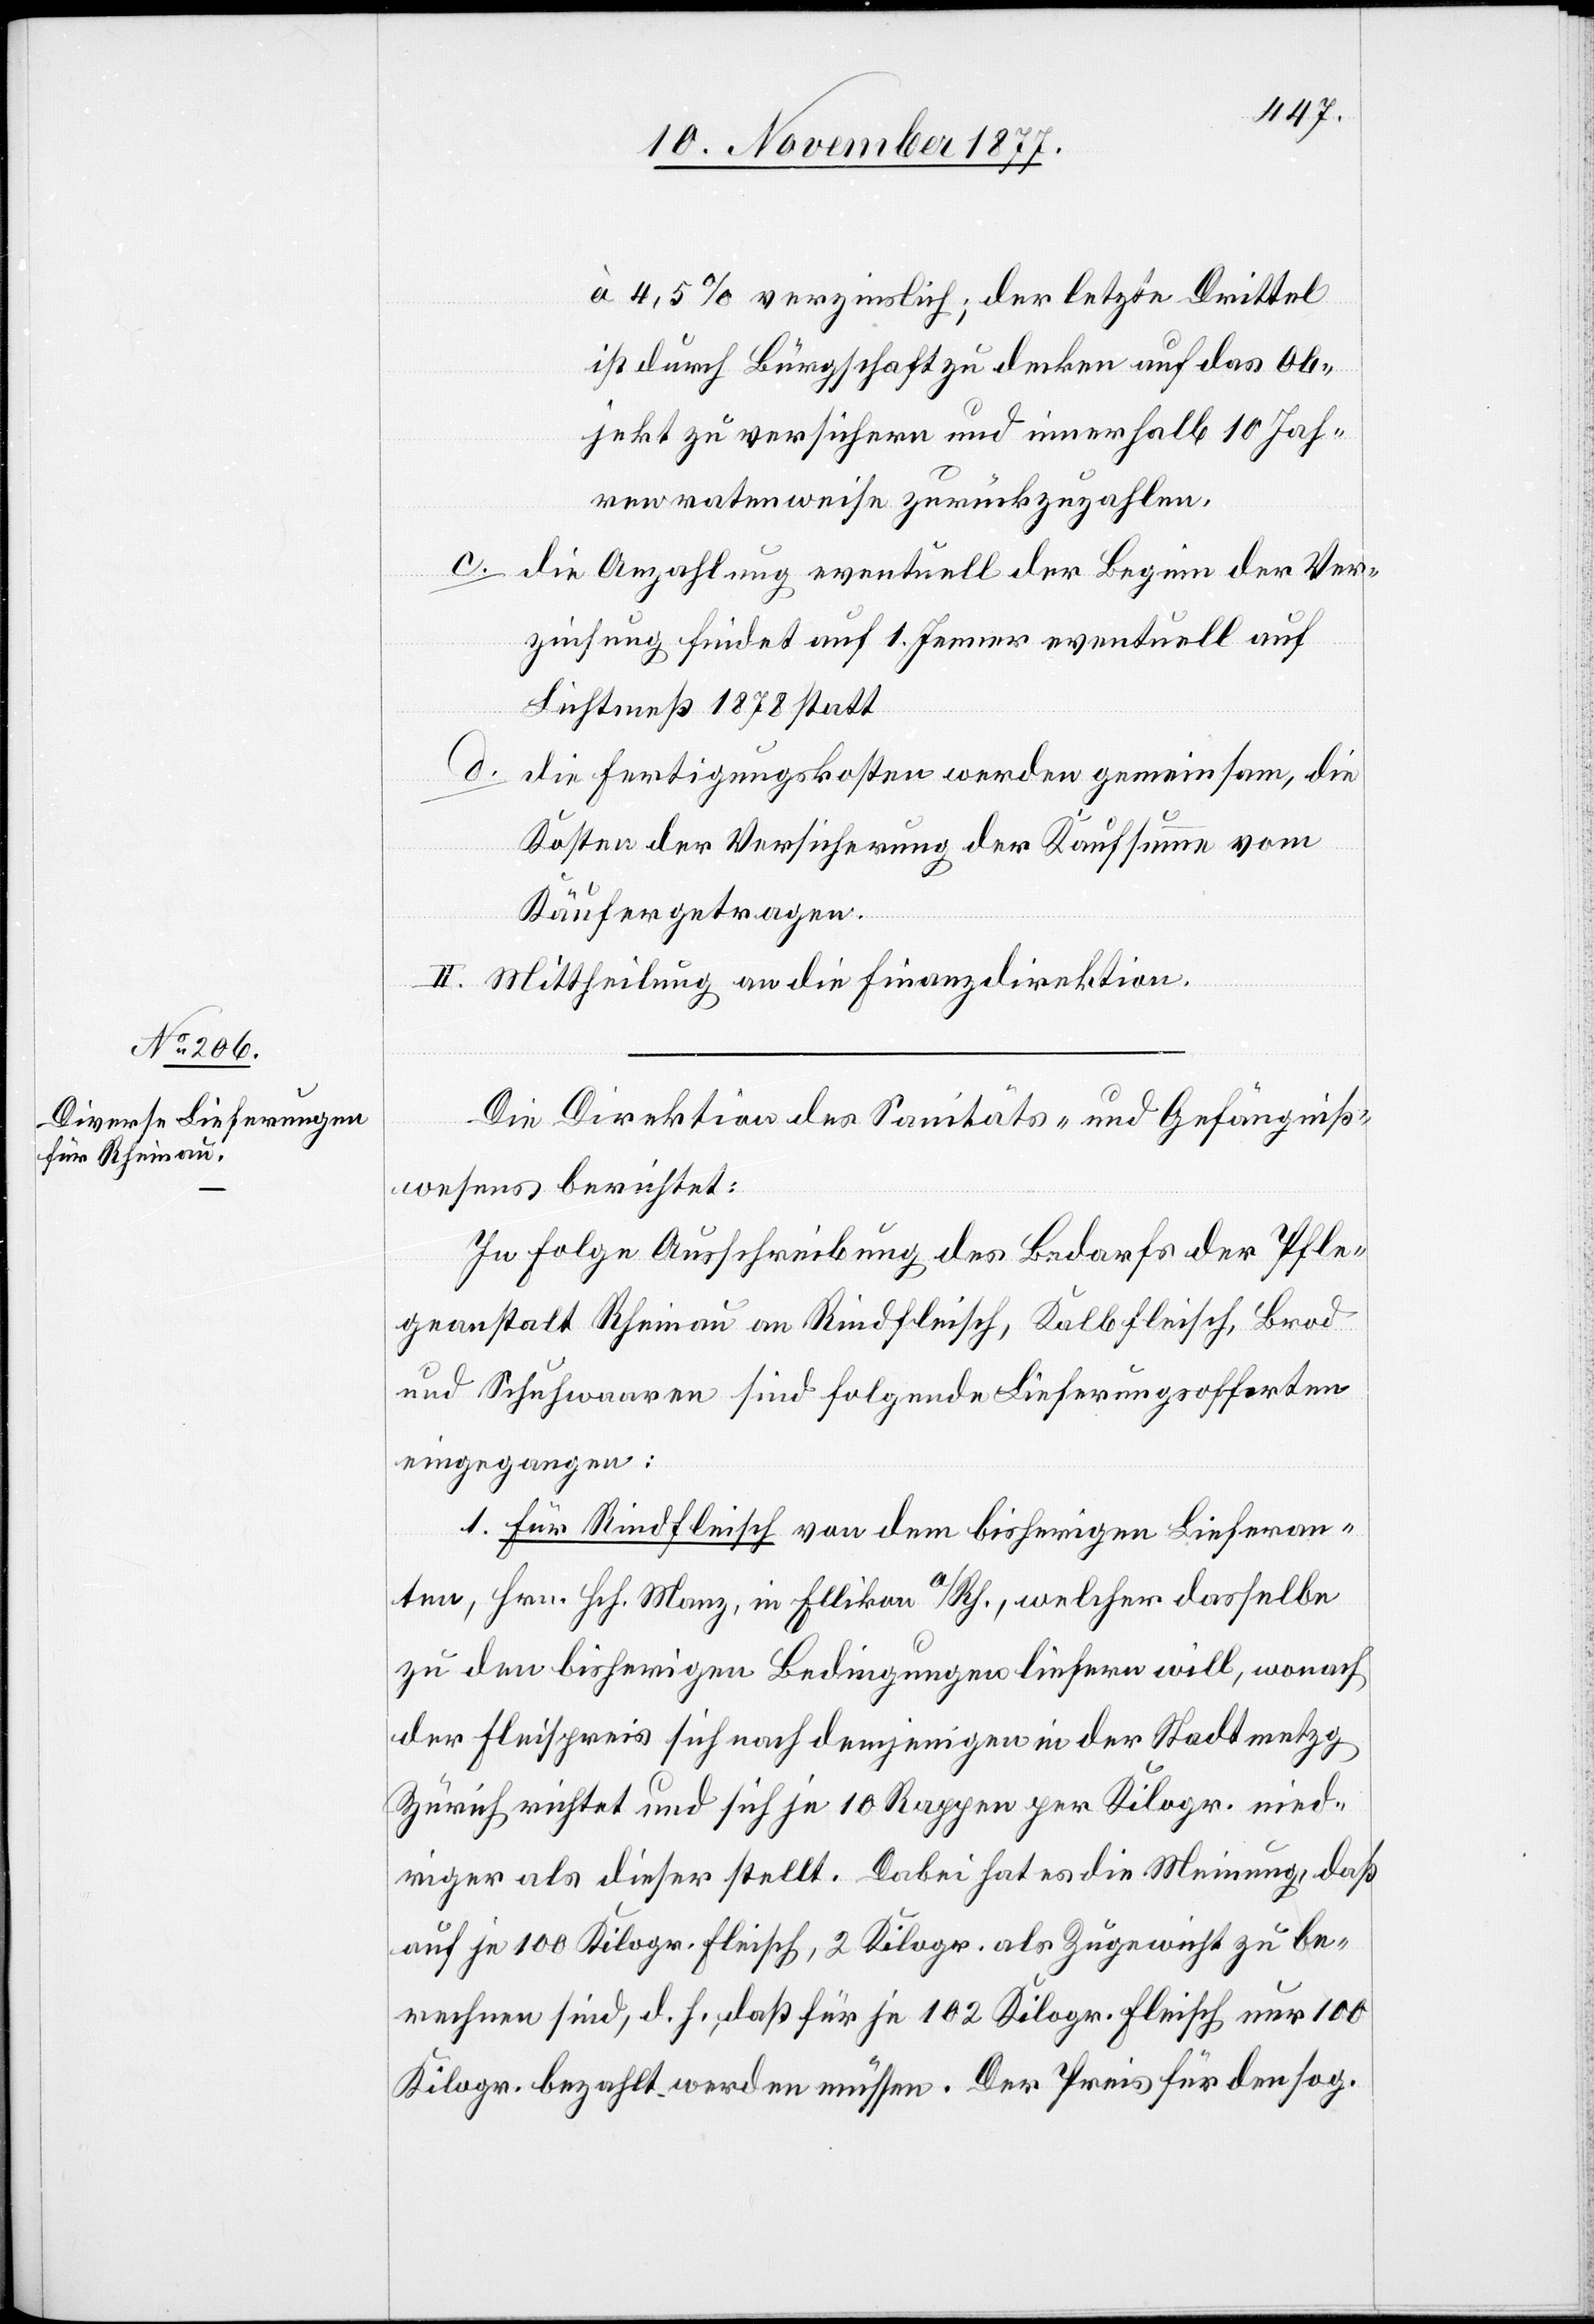
à 4,5% verzinslich[t]; der letzte Drittel
ist durch Bürgschaft zu decken auf das Ob¬
jekt zu versichern und innerhalb 10 Jah¬
ren ratenweise zurückzuzahlen.
c.
die Anzahlung eventuell der Beginn der Ver¬
zinsung findet auf 1. Jenner eventuell auf
Lichtmeß 1878 statt
d.
die Fertigungskosten werden gemeinsam, die
Kosten der Versicherung der Kaufsumme vom
Käufer getragen.
II. Mittheilung an die Finanzdirektion.
Die Direktion des Sanitäts- und Gefängniß¬
wesens berichtet:
In Folge Ausschreibung des Bedarfs der Pfle¬
geanstalt Rheinau an Rindfleisch, Kalbfleisch, Brod
und Schuhwaaren sind folgende Lieferungsofferten
eingegangen:
1. Für Rindfleisch von dem bisherigen Lieferan¬
ten, Hrn. Hch. Manz, in Ellikon a/Rh., welcher dasselbe
zu den bisherigen Bedingungen liefern will, wonach
der Fleis[ch]preis sich nach demjenigen in der Stadtmetzg
Zürich richtet und sich je 10 Rappen per Kilogr. nied¬
riger als dieser stellt. Dabei hat es die Meinung, daß
auf je 100 Kilogr. Fleisch, 2 Kilogr. als Zugewicht zu be¬
rechnen sind, d. h., daß für je 102 Kilogr. Fleisch nur 100
Kilogr. bezahlt werden müssen. Der Preis für den sog.